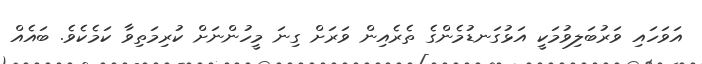
އަވަހައި ވަރުބަލިވުމަކީ އަޅުގަނޑުމެންގެ ތެރެއިން ވަރަށް ގިނަ މީހުންނަށް ކުރިމަތިވާ ކަމެކެވެ. ބައެއް